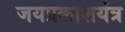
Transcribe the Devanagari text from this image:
जयप्रकाशयंत्र